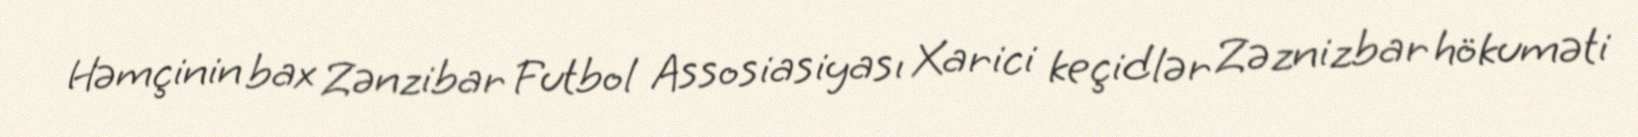
Həmçinin bax Zənzibar Futbol Assosiasiyası Xarici keçidlər Zəznizbar hökuməti